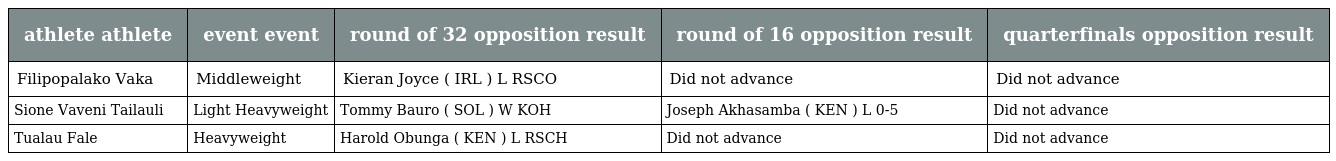
| athlete athlete | event event | round of 32 opposition result | round of 16 opposition result | quarterfinals opposition result |
 | --- | --- | --- | --- | --- |
 | Filipopalako Vaka | Middleweight | Kieran Joyce ( IRL ) L RSCO | Did not advance | Did not advance |
 | Sione Vaveni Tailauli | Light Heavyweight | Tommy Bauro ( SOL ) W KOH | Joseph Akhasamba ( KEN ) L 0-5 | Did not advance |
 | Tualau Fale | Heavyweight | Harold Obunga ( KEN ) L RSCH | Did not advance | Did not advance |